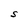
Character: S